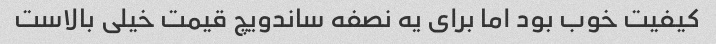
کیفیت خوب بود اما برای یه نصفه ساندویچ قیمت خیلی بالاست